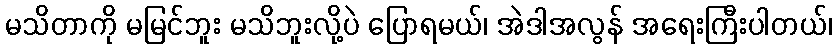
မသိတာကို မမြင်ဘူး မသိဘူးလို့ပဲ ပြောရမယ်၊ အဲဒါအလွန် အရေးကြီးပါတယ်၊